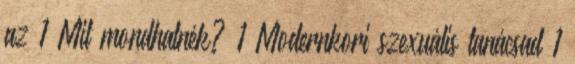
az 1 Mit mondhatnék? 1 Modernkori szexuális tanácsad 1